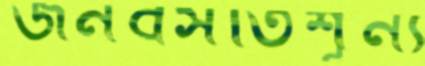
জনবসতিশূন্য